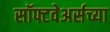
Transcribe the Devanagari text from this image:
सॉफ्टवेअर्सच्या